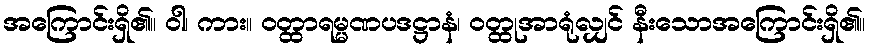
အကြောင်းရှိ၏။ ဝါ၊ ကား။ ဝတ္ထာရမ္မဏပဒဋ္ဌာနံ၊ ဝတ္ထုအာရုံလျှင် နီးသောအကြောင်းရှိ၏။